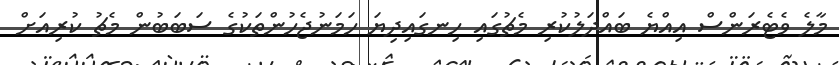
މާލެ ވެޓެރަންސް އިއްޔެ ބައްދަލުކުރި މެޗުގައި ހިނގައިދިޔަ ހަމަނުޖެހުންތަކުގެ ސަބަބުން މެޗު ކުރިއަށް